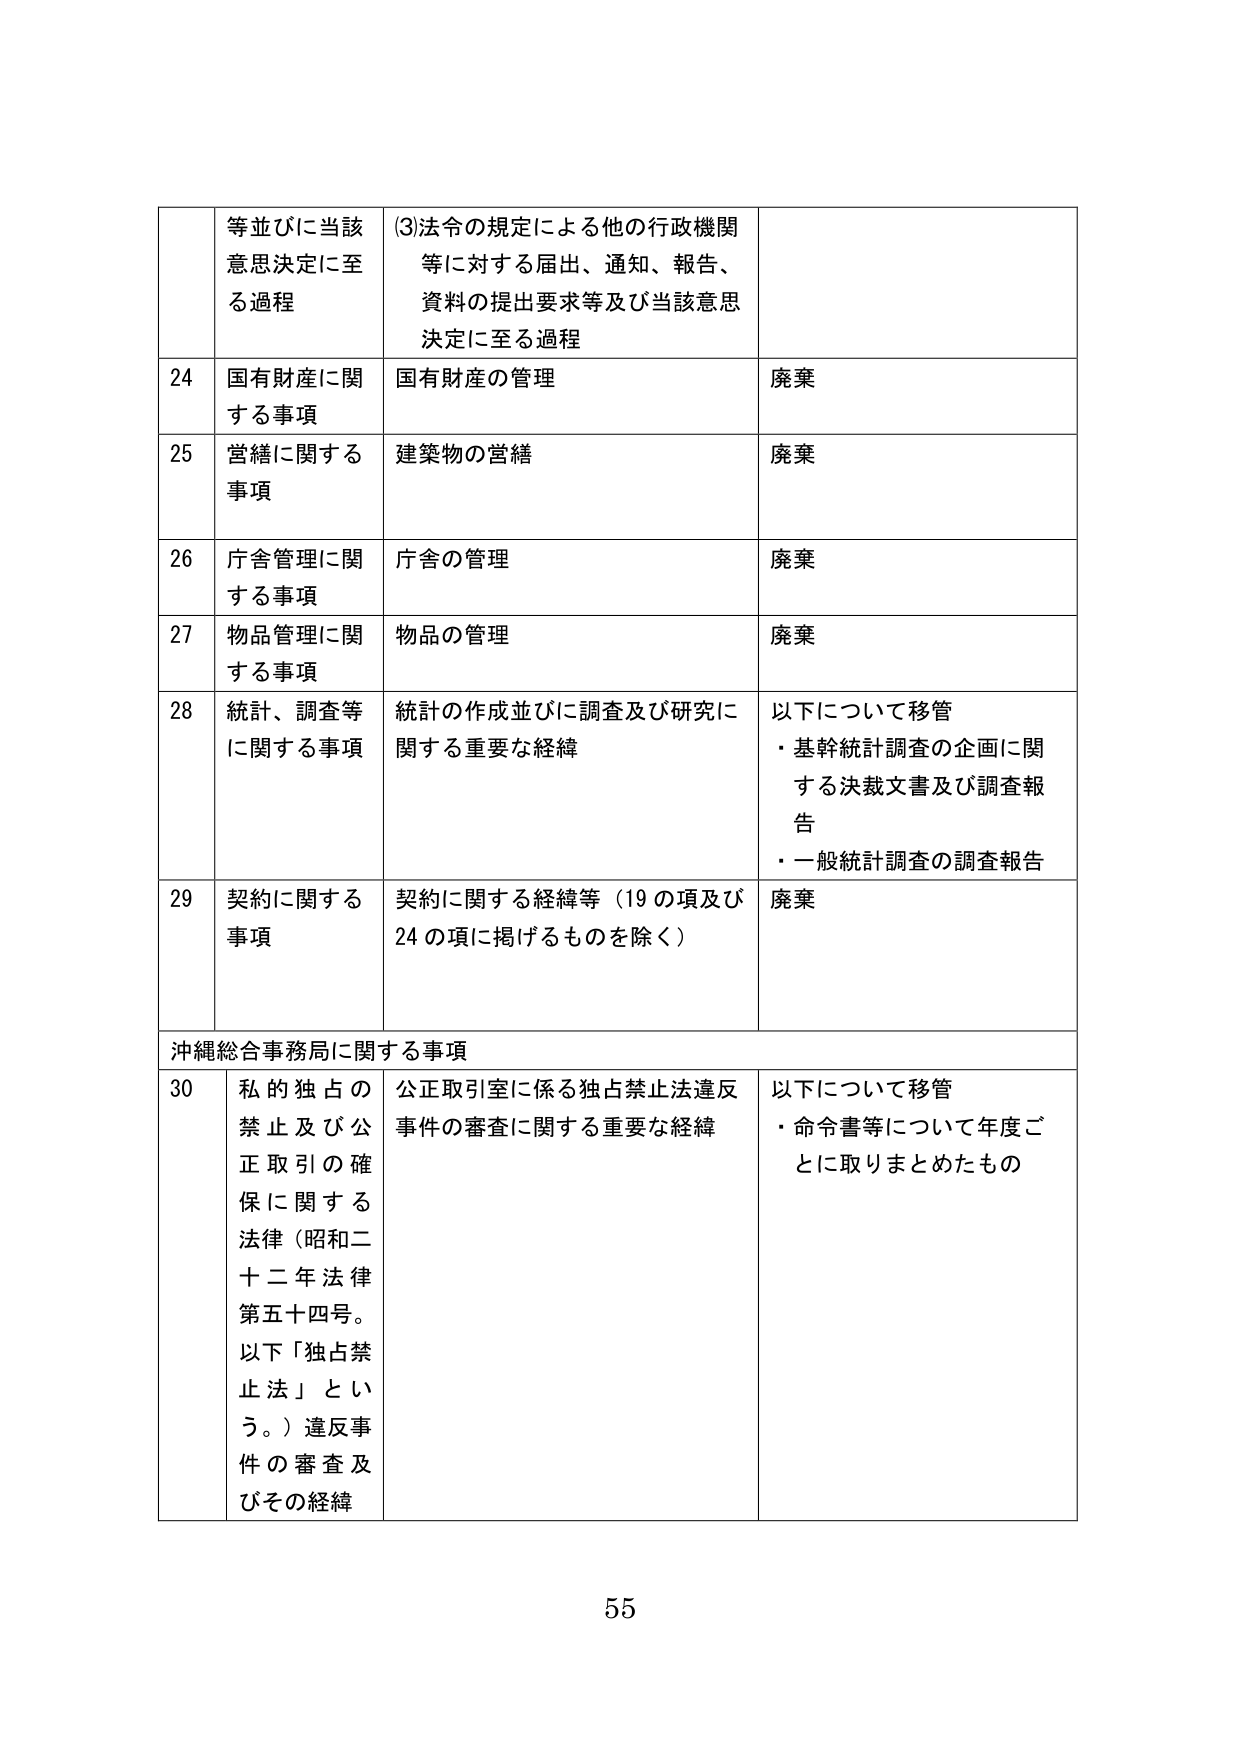
等並びに当該意思決定に至る過程
(3)法令の規定による他の行政機関等に対する届出、通知、報告、資料の提出要求等及び当該意思決定に至る過程

24 国有財産に関する事項
国有財産の管理
廃棄

25 営繕に関する事項
建築物の営繕
廃棄

26 庁舎管理に関する事項
庁舎の管理
廃棄

27 物品管理に関する事項
物品の管理
廃棄

28 統計、調査等に関する事項
統計の作成並びに調査及び研究に関する重要な経緯
以下について移管
・基幹統計調査の企画に関する決裁文書及び調査報告
・一般統計調査の調査報告

29 契約に関する事項
契約に関する経緯等（19の項及び24の項に掲げるものを除く）
廃棄

沖縄総合事務局に関する事項

30 私的独占の禁止及び公正取引の確保に関する法律（昭和二十二年法律第五十四号。以下「独占禁止法」という。）違反事件の審査及びその経緯
公正取引室に係る独占禁止法違反事件の審査に関する重要な経緯
以下について移管
・命令書等について年度ごとに取りまとめたもの

55